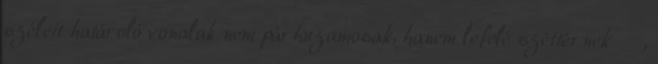
széleit határoló vonalak nem párhuzamosak, hanem lefelé széttérnek ,